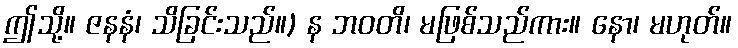
ဤသို့။ ဇနနံ၊ သိခြင်းသည်။) န ဘဝတိ၊ မဖြစ်သည်ကား။ နော၊ မဟုတ်။